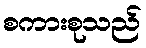
စကားစုသည်